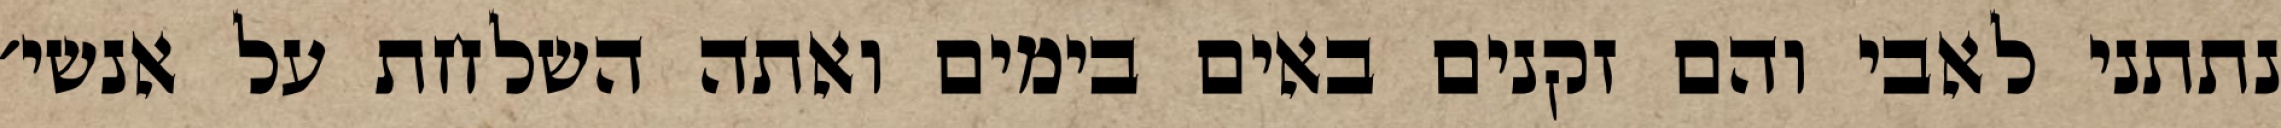
נתתני לאבי והם זקנים באים בימים ואתה השלחת על אנשי׳